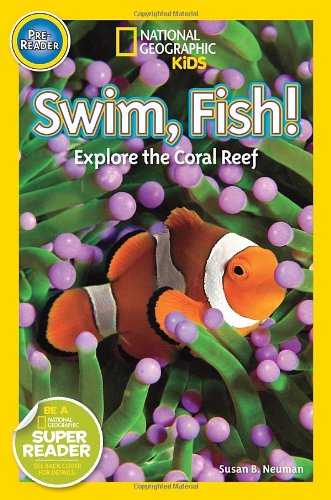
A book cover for National Geographic Readers: Swim Fish!: Explore the Coral Reef; Susan B. Neuman; Children's Books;